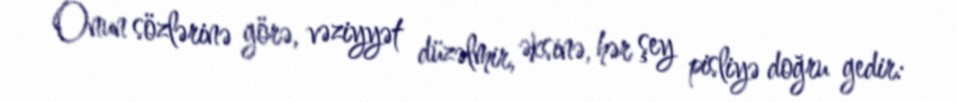
Onun sözlərinə görə, vəziyyət düzəlmir, əksinə, hər şey pisliyə doğru gedir: